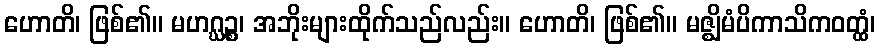
ဟောတိ၊ ဖြစ်၏။ မဟဂ္ဃဉ္စ၊ အဘိုးများထိုက်သည်လည်း။ ဟောတိ၊ ဖြစ်၏။ မဇ္ဈိမံပိကာသိကဝတ္ထံ၊